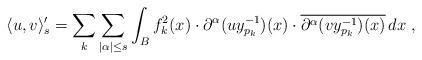
LaTeX: \begin{align*}\langle u,v\rangle'_s=\sum_k\sum_{|\alpha|\le s}\int_Bf_k^2(x)\cdot\partial^\alpha(uy_{p_k}^{-1})(x)\cdot\overline{\partial^\alpha(vy_{p_k}^{-1})(x)}\,dx\;,\end{align*}